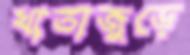
খাতাজুড়ে